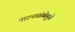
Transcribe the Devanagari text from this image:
नाट्यसंस्थेमुळे